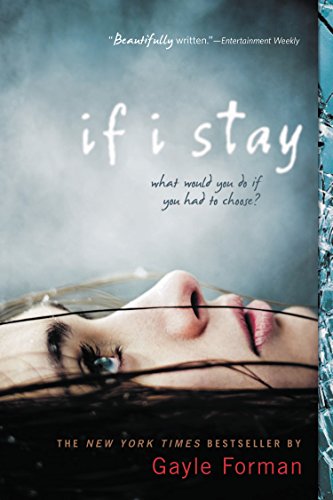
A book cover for If I Stay; Gayle Forman; Romance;